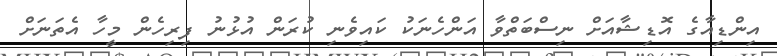
އިންޑިއާގެ އޮޑިޝާއަށް ނިސްބަތްވާ އަންހެނަކު ކައިވެނި ކުރަން އުޅުނު ފިރިހެން މީހާ އެތަނަށް